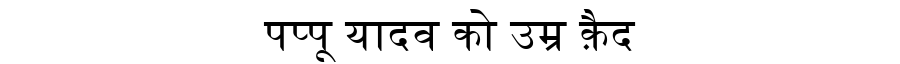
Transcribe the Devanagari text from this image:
पप्पू यादव को उम्र क़ैद